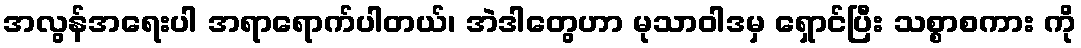
အလွန်အရေးပါ အရာရောက်ပါတယ်၊ အဲဒါတွေဟာ မုသာဝါဒမှ ရှောင်ပြီး သစ္စာစကား ကို